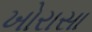
ખોરાસા